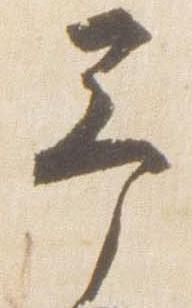
予